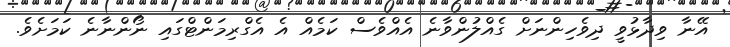
އޭނާ ވިދާޅުވީ ދިވެހިންނަށް ގެއްލުންވާނެ އެއްވެސް ކަމެއް އެ އެގްރިމަންޓްގައި ނޯންނާނެ ކަމަށެވެ.